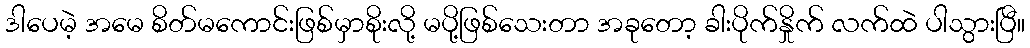
ဒါပေမဲ့ အမေ စိတ်မကောင်းဖြစ်မှာစိုးလို့ မပို့ဖြစ်သေးတာ အခုတော့ ခါးပိုက်နှိုက် လက်ထဲ ပါသွားပြီ။